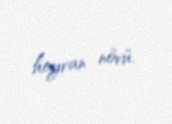
heyvan növü.